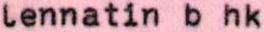
lennatin b hk